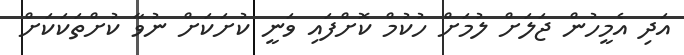
އަދި އެމީހުން ޖަލަށް ލުމަށް ހުކުމް ކޮށްފައި ވަނީ ކުށަކަށް ނުވާ ކުށްތަކަކަށް